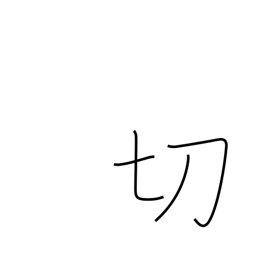
Meaning: be sharp